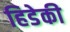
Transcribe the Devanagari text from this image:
हिडेकी